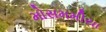
મોસમમીયા